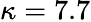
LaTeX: \kappa=7.7